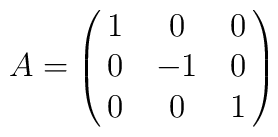
A = \pmatrix{1 & 0 & 0 \cr0 & -1 & 0 \cr0 & 0 & 1 }